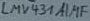
Text: LMV431AL1F